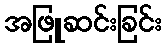
အဖြူဆင်းခြင်း